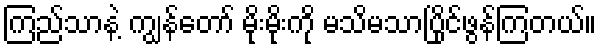
ကြည်သာနဲ့ ကျွန်တော် မိုးမိုးကို မသိမသာပြိုင်ဖွန်ကြတယ်။